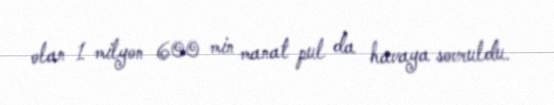
olan 1 milyon 600 min manat pul da havaya sovruldu.